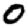
Digit: 0